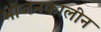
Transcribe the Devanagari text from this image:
भोजनकालीन